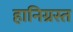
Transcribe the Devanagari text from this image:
हानिग्रस्त